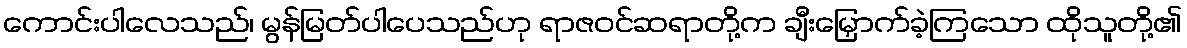
ကောင်းပါလေသည်၊ မွန်မြတ်ပါပေသည်ဟု ရာဇဝင်ဆရာတို့က ချီးမြှောက်ခဲ့ကြသော ထိုသူတို့၏